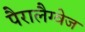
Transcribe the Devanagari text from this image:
पैरालैग्वेज